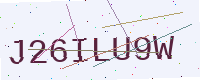
Text: J26ILU9W